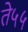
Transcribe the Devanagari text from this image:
ते५५